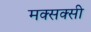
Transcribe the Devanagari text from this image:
मक्सक्सी